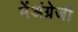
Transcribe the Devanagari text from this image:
मेंअंग्रेजी